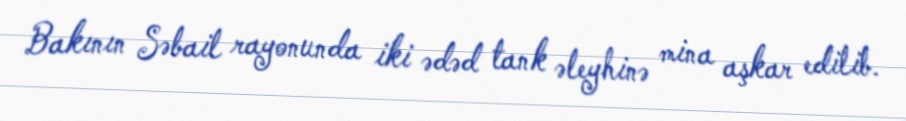
Bakının Səbail rayonunda iki ədəd tank əleyhinə mina aşkar edilib.